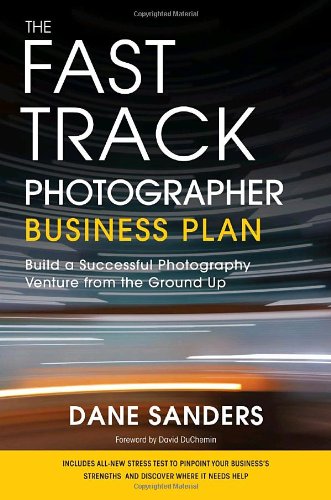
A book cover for The Fast Track Photographer Business Plan: Build a Successful Photography Venture from the Ground Up; Dane Sanders; Arts & Photography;